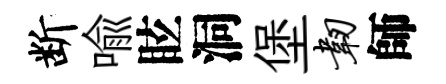
断喩眩洞堡韧師